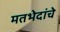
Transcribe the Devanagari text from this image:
मतभेदांचे